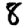
Digit: 8